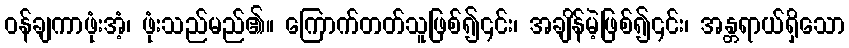
ဝန်ချကာဖုံးအံ့၊ ဖုံးသည်မည်၏။ ကြောက်တတ်သူဖြစ်၍၎င်း၊ အချိန်မဲ့ဖြစ်၍၎င်း၊ အန္တရာယ်ရှိသော